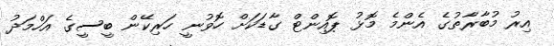
އިރު މުބާރާތުގެ އެންމެ މޮޅު ޕޮއިންޓް ގާޑަކަށް ހޮވުނީ ހަރިކޭން ބީސީގެ އަހްމަދު